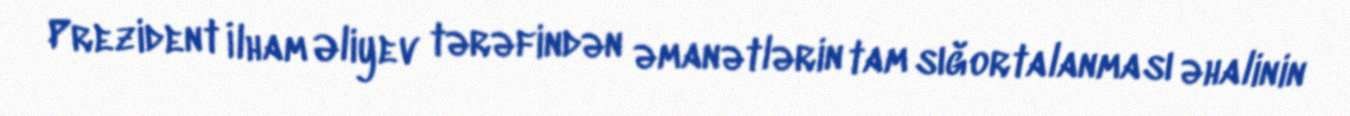
Prezident İlham Əliyev tərəfindən əmanətlərin tam sığortalanması əhalinin